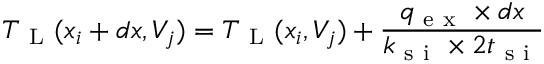
T _ { \mathrm { ~ L ~ } } ( x _ { i } + d x , V _ { j } ) = T _ { \mathrm { ~ L ~ } } ( x _ { i } , V _ { j } ) + \frac { q _ { \mathrm { ~ e ~ x ~ } } \times d x } { k _ { \mathrm { ~ s ~ i ~ } } \times 2 t _ { \mathrm { ~ s ~ i ~ } } }